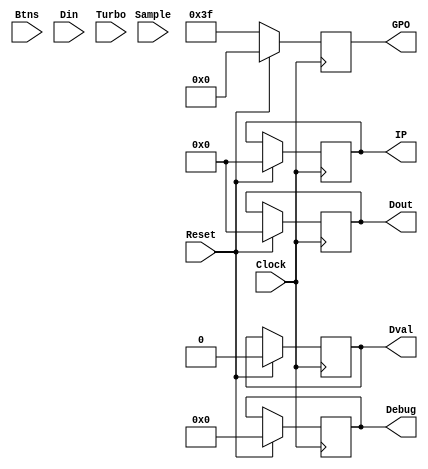
module CPU(
	input [2:0]Btns,
	input Clock,
	input [7:0]Din,
	input Reset,
	input Sample,
	input Turbo,
	output reg [3:0]Debug = 0,
	output reg [7:0]Dout = 0,
	output reg Dval = 0,
	output reg [5:0]GPO = 0,
	output reg [7:0]IP = 0
	
);	

	// Step 3：
	always @(posedge Clock) begin
		// Process Instruction
		if (Reset) begin
			Debug = 4'b0;
			Dout = 8'b0;
			Dval = 0;
			GPO = 6'b0;
			IP = 8'b0;
		end
		// Process Reset
		if (!Reset) GPO = 6'b111111;
	end

endmodule